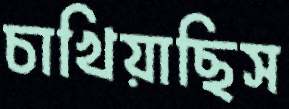
চাখিয়াছিস